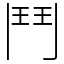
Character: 鬥